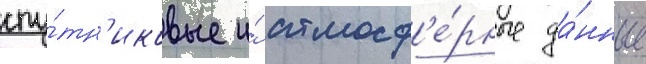
спу́тн'иковые и́ атмосф'е́рные да́нные